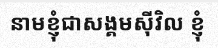
នាមខ្ញុំជាសង្គមស៊ីវិល ខ្ញុំ